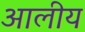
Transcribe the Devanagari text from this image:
आलीय